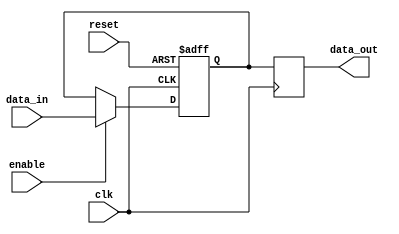
module seq_logic_block (
    input wire clk,
    input wire reset,
    input wire enable,
    input wire data_in,
    output reg data_out
);

reg latch_out;

always @(posedge clk or posedge reset) begin
    if (reset) begin
        latch_out <= 1'b0;
    end else if (enable) begin
        latch_out <= data_in;
    end
end

always @(posedge clk) begin
    data_out <= latch_out;
end

endmodule